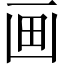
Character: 画